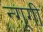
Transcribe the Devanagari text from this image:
न्गूगी